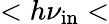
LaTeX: <h\nu_{\mathrm{in}}<